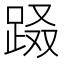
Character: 𨀝